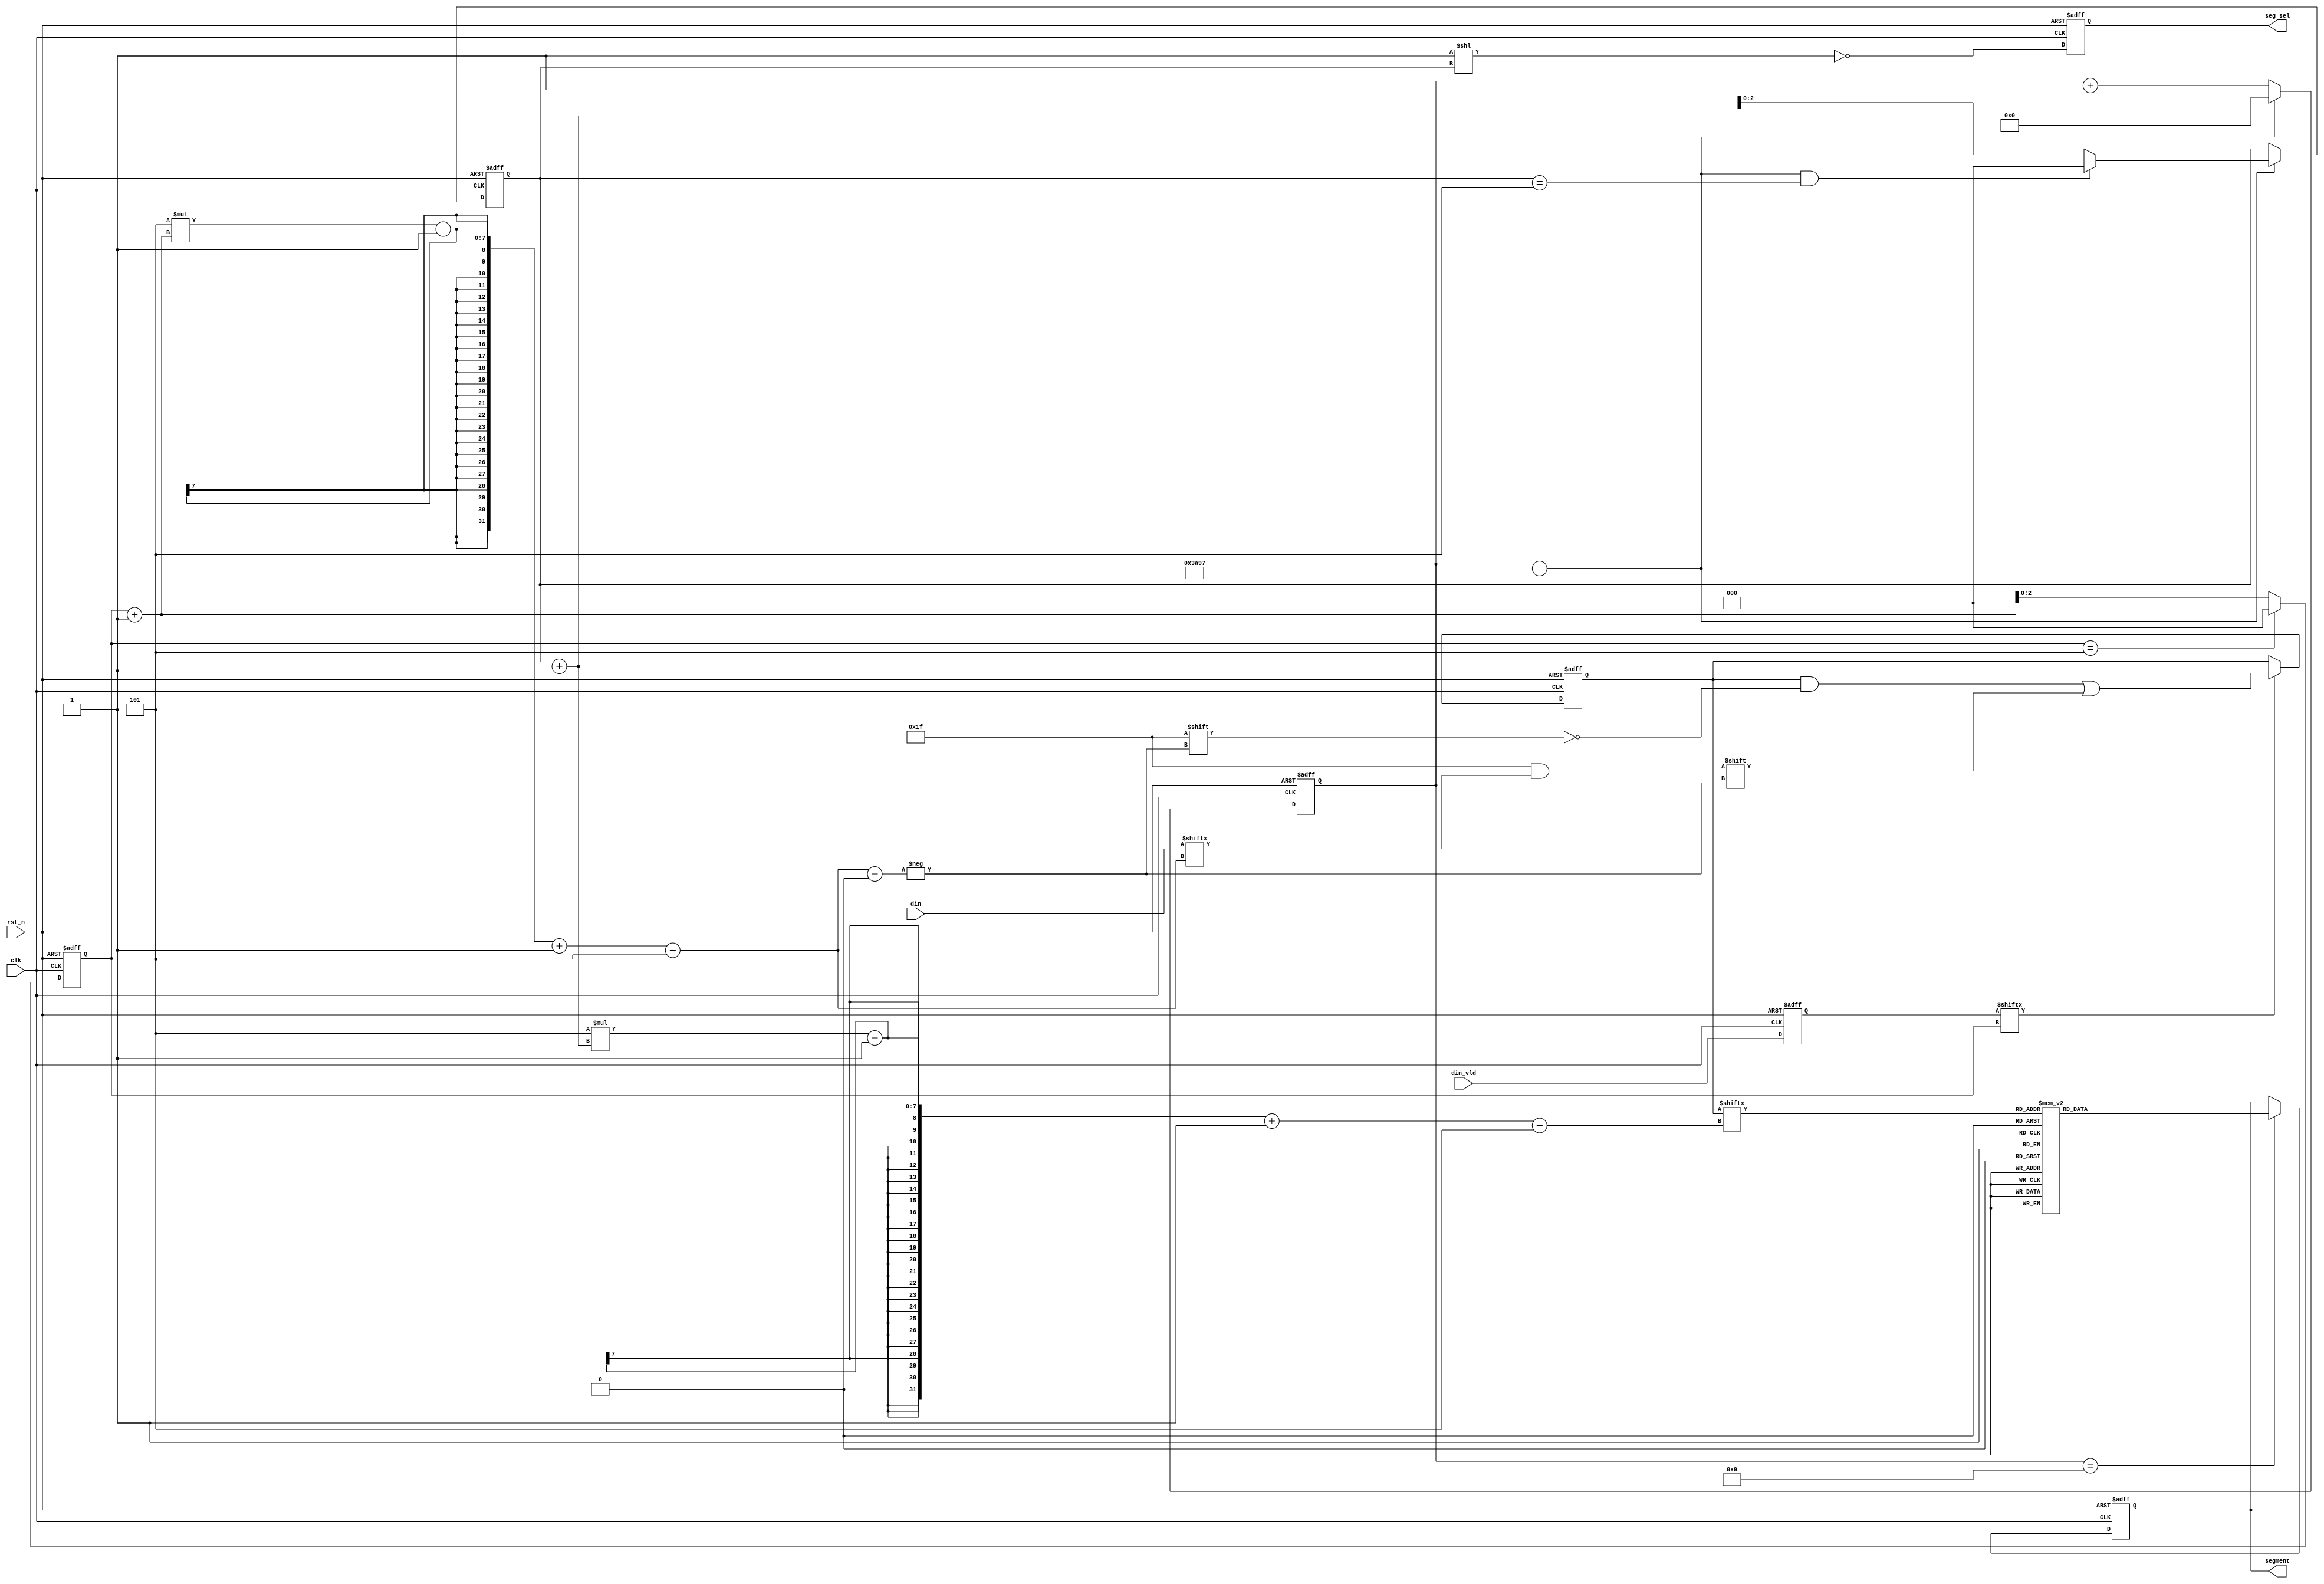
module seg_display(
    clk     ,       
   rst_n   ,       
    din     ,       
   din_vld ,      
    segment ,       
    seg_sel         
   );

    parameter SEGMENT_NUM   = 6             ;   
    parameter W_DATA        = 5             ;   

    parameter SEGMENT_WID   = 8             ;   
   parameter TIME_300US    = 15_000         ;   

    parameter SEG_DATA_0    = 7'b100_0000   ;   
    parameter SEG_DATA_1    = 7'b111_1001   ;
    parameter SEG_DATA_2    = 7'b010_0100   ;
    parameter SEG_DATA_3    = 7'b011_0000   ;
    parameter SEG_DATA_4    = 7'b001_1001   ;
       parameter SEG_DATA_5    = 7'b001_0010   ;
    parameter SEG_DATA_6    = 7'b000_0010   ;
    parameter SEG_DATA_7    = 7'b111_1000   ;
    parameter SEG_DATA_8    = 7'b000_0000   ;
   parameter SEG_DATA_9    = 7'b001_0000   ;  

   parameter SEG_CHAR_O    = 7'b010_0011   ;  
   parameter SEG_CHAR_P    = 7'b000_1100   ;  
    parameter SEG_CHAR_E    = 7'b000_0110   ;  
    parameter SEG_CHAR_N    = 7'b010_1011   ;  
    parameter SEG_CHAR_L    = 7'b100_0111   ;  
   parameter SEG_CHAR_C    = 7'b100_0110   ;  
    parameter SEG_CHAR_K    = 7'b000_0101   ;  
    parameter SEG_CHAR_D    = 7'b010_0001   ;  
    parameter SEG_CHAR_R    = 7'b010_1111   ;  
    parameter SEG_NONE_DIS  = 7'b111_1111   ;  

    input                           clk         ;
    input                           rst_n       ;
    input [SEGMENT_NUM*W_DATA-1:0]  din         ;
    input [SEGMENT_NUM-1:0]         din_vld     ;

   output[SEGMENT_WID-1:0]         segment     ;
    output[SEGMENT_NUM-1:0]         seg_sel     ;

   reg   [SEGMENT_WID-1:0]         segment     ;
    reg   [SEGMENT_NUM-1:0]         seg_sel     ;

    reg   [W_DATA-1:0]              segment_pre ;
    reg   [SEGMENT_NUM*W_DATA-1:0]  din_get     ;
        reg   [14:0]                    cnt_300us   ;
        reg   [2:0]                     cnt_sel     ;
   wire                            dot         ;


wire        add_cnt_300us ;
wire        end_cnt_300us ;
always @(posedge clk or negedge rst_n) begin 
    if (rst_n==0) begin
        cnt_300us <= 0; 
    end
    else if(add_cnt_300us) begin
        if(end_cnt_300us)
           cnt_300us <= 0; 
       else
           cnt_300us <= cnt_300us+1 ;
   end
end
assign add_cnt_300us =1;
assign end_cnt_300us = add_cnt_300us  && cnt_300us == TIME_300US-1 ;

  

wire        add_cnt_sel ;
wire        end_cnt_sel ;
always @(posedge clk or negedge rst_n) begin 
    if (rst_n==0) begin
        cnt_sel <= 0;   
        end
    else if(add_cnt_sel) begin
        if(end_cnt_sel)          
          cnt_sel <= 0; 
       else

            cnt_sel <= cnt_sel+1 ;
   end
end
assign add_cnt_sel = end_cnt_300us;
assign end_cnt_sel = add_cnt_sel  && cnt_sel == SEGMENT_NUM-1 ;


reg     [SEGMENT_NUM-1:0]   din_vvld;
always  @(posedge clk or negedge rst_n)begin
    if(rst_n==1'b0)begin
        din_vvld <= 0 ;
    end
    else begin
        din_vvld <= din_vld ;
   end
end


reg [ 2:0]  cnt     ;
wire        add_cnt ;
wire        end_cnt ;
always @(posedge clk or negedge rst_n) begin 
    if (rst_n==0) begin
        cnt <= 0; 
    end
    else if(add_cnt) begin
       if(end_cnt)
           cnt <= 0; 
       else
            cnt <= cnt+1 ;
   end
end
assign add_cnt = 1;
assign end_cnt = add_cnt  && cnt == SEGMENT_NUM-1 ;

always  @(posedge clk or negedge rst_n)begin
    if(rst_n==1'b0)begin
        din_get <= 0;
    end
   else if(din_vvld[cnt])begin
        din_get[W_DATA*(cnt+1)-1 -:W_DATA] <= din[W_DATA*(cnt+1)-1 -:W_DATA];
    end
end


    always  @(*)begin
        segment_pre = din_get[W_DATA*(cnt_sel+1)-1 -:W_DATA];
    end

   always  @(posedge clk or negedge rst_n)begin
        if(rst_n==1'b0)begin
           segment <= {dot,SEG_NONE_DIS};
       end
        else if(add_cnt_300us  && cnt_300us ==10-1)begin
           case(segment_pre)
                5'h00: segment <= {dot,SEG_DATA_0};
               5'h01: segment <= {dot,SEG_DATA_1};
                5'h02: segment <= {dot,SEG_DATA_2};
                5'h03: segment <= {dot,SEG_DATA_3};
                5'h04: segment <= {dot,SEG_DATA_4};
               5'h05: segment <= {dot,SEG_DATA_5};
               5'h06: segment <= {dot,SEG_DATA_6};
                5'h07: segment <= {dot,SEG_DATA_7};
                5'h08: segment <= {dot,SEG_DATA_8};
                5'h09: segment <= {dot,SEG_DATA_9};
                5'h10: segment <= {dot,SEG_CHAR_O};
                5'h11: segment <= {dot,SEG_CHAR_P};
                5'h12: segment <= {dot,SEG_CHAR_E};
                5'h13: segment <= {dot,SEG_CHAR_N};
                5'h14: segment <= {dot,SEG_CHAR_L};
              5'h15: segment <= {dot,SEG_CHAR_C};
                5'h16: segment <= {dot,SEG_CHAR_K};
               5'h17: segment <= {dot,SEG_CHAR_D};
                5'h18: segment <= {dot,SEG_CHAR_R};
               5'h1F: segment <= {dot,SEG_NONE_DIS};
             default:segment <= {dot,SEG_NONE_DIS};
           endcase
        end
    end
    assign dot = 1'b1; 

    always@(posedge clk or negedge rst_n)begin
        if(rst_n==1'b0)begin
            seg_sel <= {SEGMENT_NUM{1'b0}};
        end
        else begin
            seg_sel <= ~(1'b1<<cnt_sel);
        end
    end


    endmodule